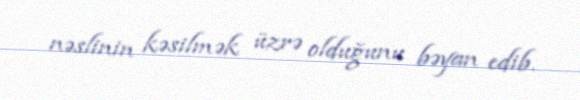
nəslinin kəsilmək üzrə olduğunu bəyan edib.